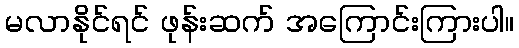
မလာနိုင်ရင် ဖုန်းဆက် အကြောင်းကြားပါ။